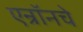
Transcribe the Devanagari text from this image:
एन्रॉनचे